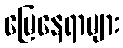
မြေနေရာများ